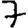
Digit: 7